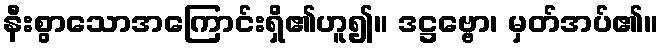
နီးစွာသောအကြောင်းရှိ၏ဟူ၍။ ဒဋ္ဌဗ္ဗော၊ မှတ်အပ်၏။